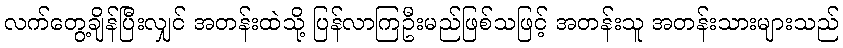
လက်တွေ့ချိန်ပြီးလျှင် အတန်းထဲသို့ ပြန်လာကြဦးမည်ဖြစ်သဖြင့် အတန်းသူ အတန်းသားများသည်